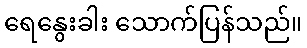
ရေနွေးခါး သောက်ပြန်သည်။